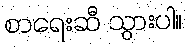
စာရေးဆီ သွားပါ။